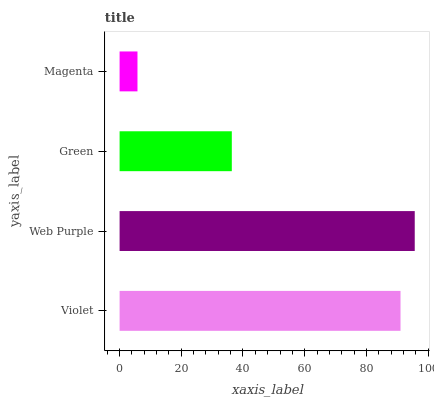
| yaxis_label | bars |
 | --- | --- |
 | Violet | 91.1 |
 | Web Purple | 95.7 |
 | Green | 36.4 |
 | Magenta | 5.8 |